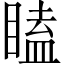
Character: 瞌